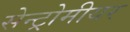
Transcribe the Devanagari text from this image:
सेन्ट्रोमीयर